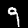
Label: 9